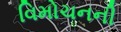
વિમોચનની